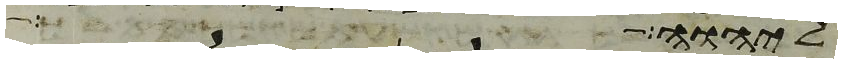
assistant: ליהוה את ימי